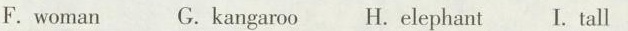
F. woman G. Kangaroo H. Elephant I. tall